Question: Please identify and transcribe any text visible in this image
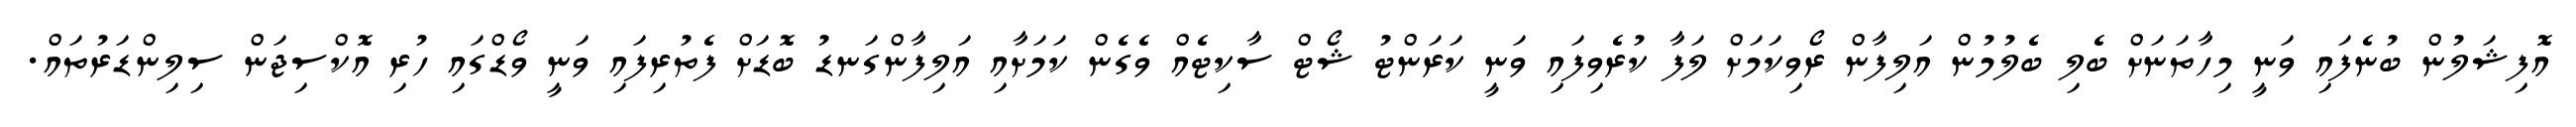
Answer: އޮފިޝަލުން ބުނެފައި ވަނީ މިހާތަނަށް ބެލި ބެލުމުން އަލިފާން ރޯވިކަމަށް ލަފާ ކުރެވިފައި ވަނީ ކަރަންޓު ޝޯޓް ސާކިޓެއް ވެގެން ކަމަށާއި އަލިފާންގަނޑު ބޮޑަށް ފެތުރިފައި ވަނީ ވޯޑްގައި ހުރި އޮކްސިޖަން ސިލިންޑަރުތައް.